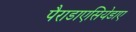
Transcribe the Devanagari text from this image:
पैराडाएसियेडाए